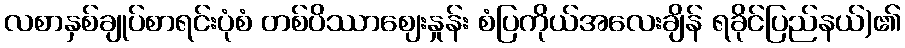
လစာနှစ်ချုပ်စာရင်းပုံစံ တစ်ပိဿာဈေးနှုန်း စံပြကိုယ်အလေးချိန် ရခိုင်ပြည်နယ်)၏